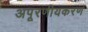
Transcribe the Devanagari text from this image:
अपूरणीयकरण